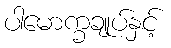
ပါမောက္ခချုပ်နှင့်